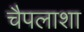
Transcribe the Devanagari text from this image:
चैपलाशा